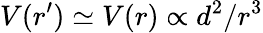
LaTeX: V(r^{\prime})\simeq V(r)\propto d^{2}/r^{3}